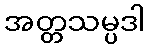
အတ္တသမ္ပဒါ